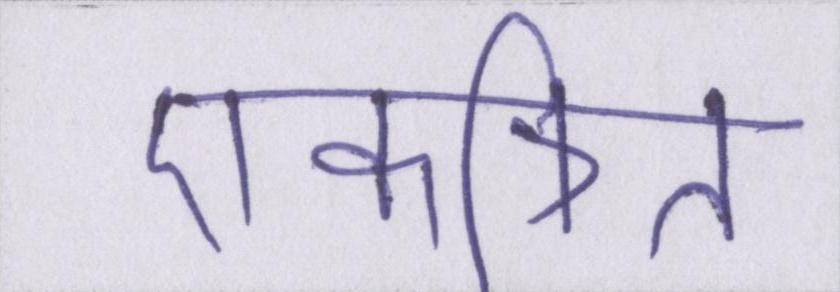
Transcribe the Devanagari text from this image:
एकत्रित